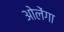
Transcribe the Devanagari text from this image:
ओलेंगा